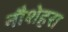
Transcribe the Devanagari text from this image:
नौशेहरा